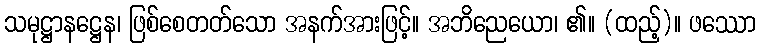
သမုဋ္ဌာနဋ္ဌေန၊ ဖြစ်စေတတ်သော အနက်အားဖြင့်။ အဘိညေယော၊ ၏။ (ထည့်)။ ဖဿော